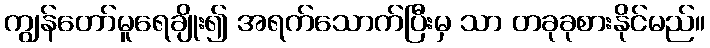
ကျွန်တော်မူရေချိုး၍ အရက်သောက်ပြီးမှ သာ တခုခုစားနိုင်မည်။